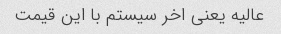
عالیه یعنی اخر سیستم با این قیمت